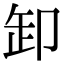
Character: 卸